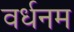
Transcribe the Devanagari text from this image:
वर्धनम